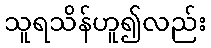
သူရသိန်ဟူ၍လည်း